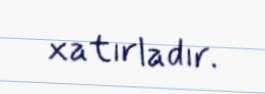
xatırladır.